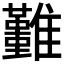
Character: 𩁚